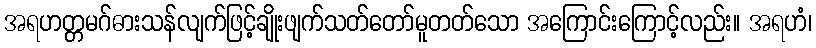
အရဟတ္တမဂ်ဓားသန်လျက်ဖြင့်ချိုးဖျက်သတ်တော်မူတတ်သော အကြောင်းကြောင့်လည်း။ အရဟံ၊